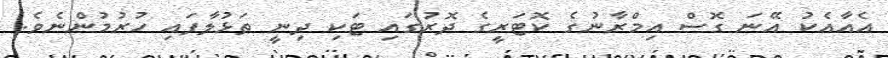
އެއާއެކު އޭނަ ގޮސް އިމްރާނުގެ ކޮޓަރީގެ ދޮރުގައި ޓަކި ދިނީ ތަޅުލާފައި ހުރުމުންނެވެ.